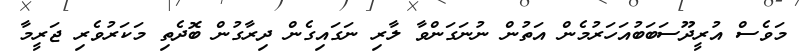
މަވެސް އުރީދޫސަބަބުއަހަރުމެން އަތުން ނުނަގަންވާ ލާރި ނަގައިގެން ދިރާގުން ބޮދެތި މަކަރުވެރި ޖަރީމާ